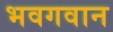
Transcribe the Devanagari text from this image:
भवगवान